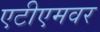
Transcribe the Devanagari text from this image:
एटीएमवर